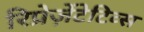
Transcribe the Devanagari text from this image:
रिप्रेज़ेंटेटिव्स